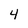
Character: 4